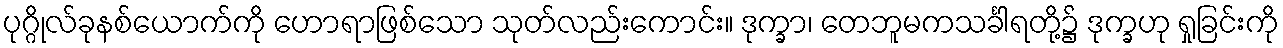
ပုဂ္ဂိုလ်ခုနစ်ယောက်ကို ဟောရာဖြစ်သော သုတ်လည်းကောင်း။ ဒုက္ခာ၊ တေဘူမကသင်္ခါရတို့၌ ဒုက္ခဟု ရှုခြင်းကို